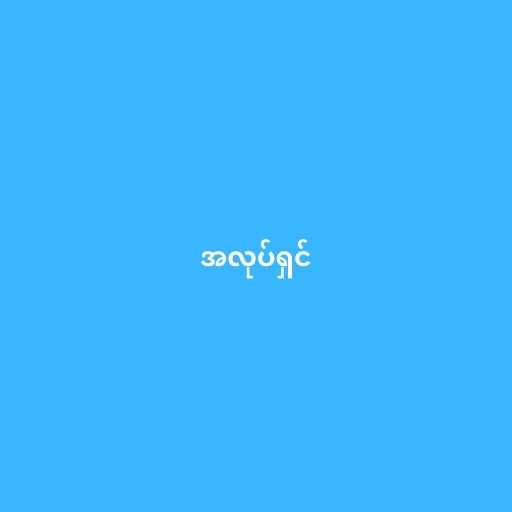
အလုပ်ရှင်